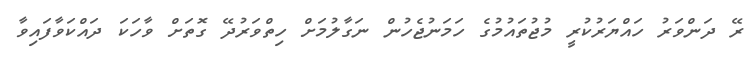
ރޭ ދަންވަރު ހައްޔަރުކުރީ މުޖުތައުމުގެ ހަމަނުޖެހުން ނަގާލުމަށް ހިތްވަރުދޭ ގޮތަށް ވާހަކަ ދައްކަވާފައިވާ